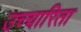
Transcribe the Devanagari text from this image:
उच्चारिता